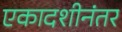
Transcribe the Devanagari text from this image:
एकादशीनंतर